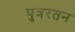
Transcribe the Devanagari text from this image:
पुत्ररतन